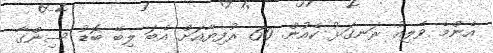
އެންމެ ވެލިއު ރަނގަޅު ކެއުން. 60 ރުފިޔާއަށް އެބަ ލިބޭ ބޮޑު ސިންގާ